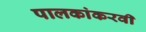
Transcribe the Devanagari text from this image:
पालकांकरवी